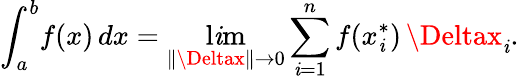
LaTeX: \int_{a}^{b}\! f(x)\, dx=\operatorname*{l\mathit{i}m}_{\| \Deltax\| \rightarrow0}\sum_{\mathit{i}=1}^{n}f(x_{\mathit{i}}^{*})\, \Deltax_{\mathit{i}}.